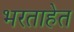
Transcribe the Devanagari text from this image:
भरताहेत